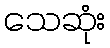
သေဆုံး